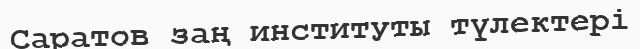
Саратов заң институты түлектері